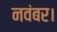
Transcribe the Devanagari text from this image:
नवंबर।